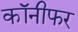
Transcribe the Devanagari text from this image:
कॉनीफर